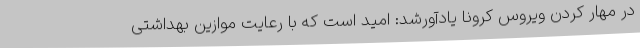
در مهار کردن ویروس کرونا یادآورشد: امید است که با رعایت موازین بهداشتی